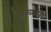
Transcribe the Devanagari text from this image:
ठरव्यात